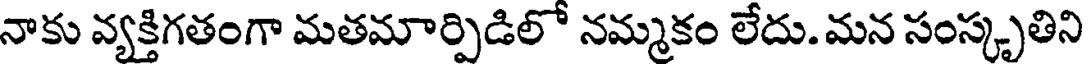
నాకు వ్యక్తిగతంగా మతమార్పిడిలో నమ్మకం లేదు. మన సంస్కృతిని